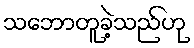
သဘောတူခဲ့သည်ဟု